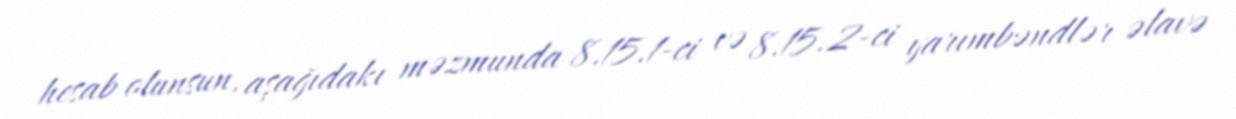
hesab olunsun, aşağıdakı məzmunda 8.15.1-ci və 8.15.2-ci yarımbəndlər əlavə